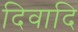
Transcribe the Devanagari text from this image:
दिवादि